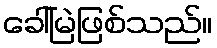
ခေါ်မြဲဖြစ်သည်။